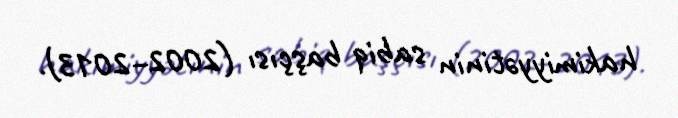
hakimiyyətinin sabiq başçısı (2002–2013).